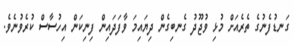
ގަނޑުފެނުގެ ތެރެއަށް މުޅި ވުޖޫދު ގެނބިގެން ދިޔައިމަ ވާފަދައިން ފިނިކަން އިހުސާސް ކުރެވުނެވެ.